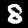
Label: 8